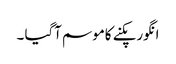
انگورپکنے کاموسم آگیا ۔